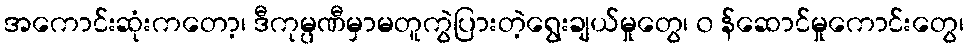
အကောင်းဆုံးကတော့၊ ဒီကုမ္ပဏီမှာမတူကွဲပြားတဲ့ရွေးချယ်မှုတွေ၊ ၀ န်ဆောင်မှုကောင်းတွေ၊